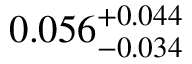
0 . 0 5 6 _ { - 0 . 0 3 4 } ^ { + 0 . 0 4 4 }